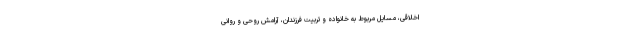
اخلاقی، مسایل مربوط به خانواده و تربیت فرزندان، آرامش روحی و روانی